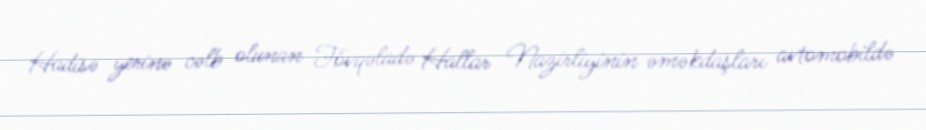
Hadisə yerinə cəlb olunan Fövqəladə Hallar Nazirliyinin əməkdaşları avtomobildə